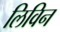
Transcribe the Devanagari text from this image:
लिविन